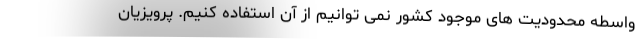
واسطه محدودیت های موجود کشور نمی توانیم از آن استفاده کنیم. پرویزیان